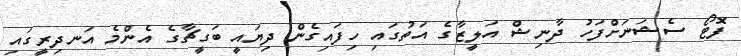
ފޮޓޯ ސެޝަނަށްފަހު ދާނިޝް އަލީޒާގެ އަތުގައި ހިފައިގެން ދިޔައީ ބަގީޗާގެ އެންމެ އަނދިރީގައި